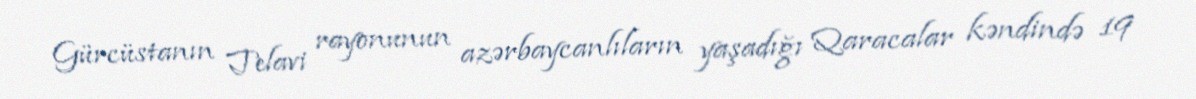
Gürcüstanın Telavi rayonunun azərbaycanlıların yaşadığı Qaracalar kəndində 19